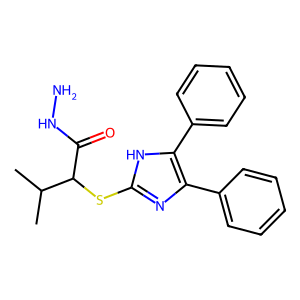
SMILES: CC(C)C(Sc1nc(-c2ccccc2)c(-c2ccccc2)[nH]1)C(=O)NN
Inhibits HIV replication: No